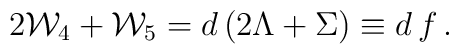
2 {\cal W}_4 +{\cal W}_5 = d \left(2\Lambda+ \Sigma\right) \equiv d \,f\,.